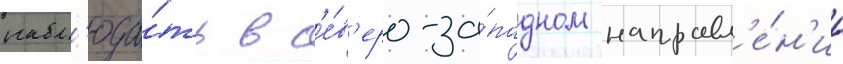
набл'юда́ть в с'е́в'еро-за́падном направл'е́н'ии